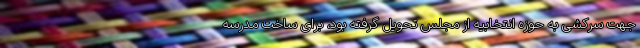
جهت سرکشی به حوزه انتخابیه از مجلس تحویل گرفته بود، برای ساخت مدرسه